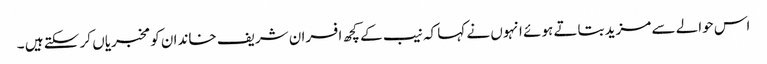
اس حوالے سے مزید بتاتے ہوئے انہوں نے کہا کہ نیب کے کچھ افسران شریف خاندان کو مخبریاں کر سکتے ہیں ۔